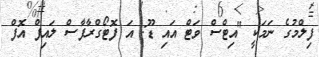
ފިލްމުގެ ނަމަކީ "އިޓްސް ވަޓް އައި ޑޫ: އަ ފޮޓޯގްރާފާސް ލައިފް އޮފް